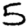
Digit: 5